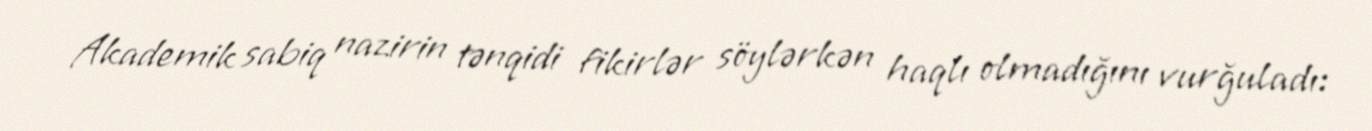
Akademik sabiq nazirin tənqidi fikirlər söylərkən haqlı olmadığını vurğuladı: